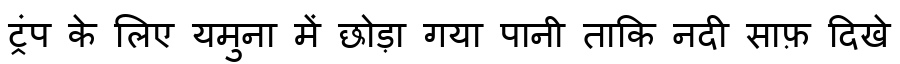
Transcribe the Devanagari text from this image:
ट्रंप के लिए यमुना में छोड़ा गया पानी ताकि नदी साफ़ दिखे